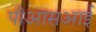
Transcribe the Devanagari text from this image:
पीआसआई